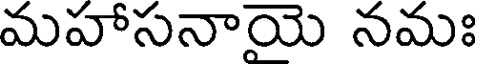
మహాసనాయె నమః